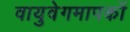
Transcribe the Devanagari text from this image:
वायुवेगमापकों